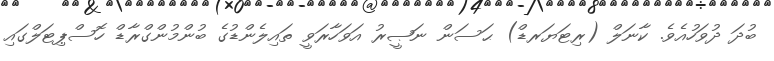
ބުދަ ދުވަހުއެވެ. ކާނަލް (ރިޓަޔަރޑް) ޙަސަން ނަޞީރު އަވަހާރަވީ ތައިލެންޑުގެ ބުންމުންގްރާޑް ހޮސްޕިޓަލްގައި